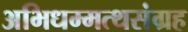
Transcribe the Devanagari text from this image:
अभिधम्मत्थसंग्रह